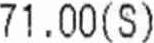
71.00 (S)